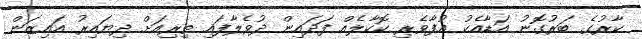
ކާރުގެ ބަރުގޮނު އަޑާއެކު އުފާވެރި ކޮކާލެއް ފަދައިން ދުވެލާފައި ތިރިއަށް ދިޔައިރު އައިޒަން